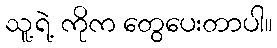
သူ့ရဲ့ ကိုက တွေပေးတာပါ။